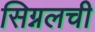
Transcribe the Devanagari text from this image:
सिग्नलची